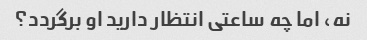
نه، اما چه ساعتی انتظار دارید او برگردد؟